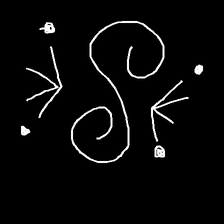
Glyph: aeroform